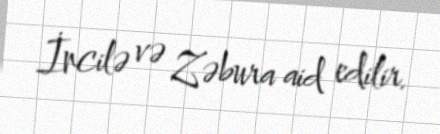
İncilə və Zəbura aid edilir.